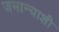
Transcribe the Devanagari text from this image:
जमान्याशी